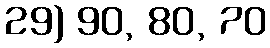
29) 90, 80, 70